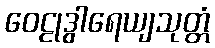
ဝေဠုဒွါရေယျသုတ္တံ